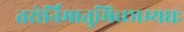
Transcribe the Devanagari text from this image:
तरोर्निमातुमिच्छाम्यधः